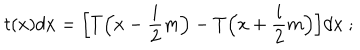
LaTeX: t ( x ) d x = \Big [ T \Big ( x - \frac { i } { 2 } m \Big ) - T \Big ( x + \frac { i } { 2 } m \Big ) \Big ] d x \ ;